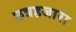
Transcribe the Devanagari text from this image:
छत्रहजारा